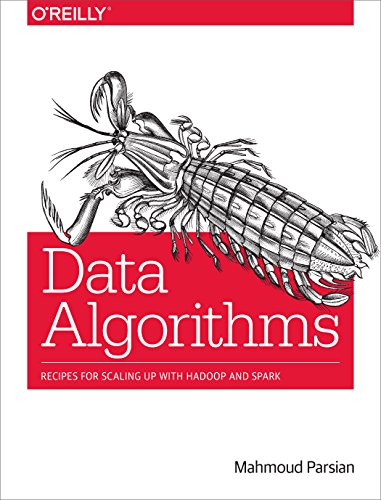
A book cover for Data Algorithms: Recipes for Scaling Up with Hadoop and Spark; Mahmoud Parsian; Computers & Technology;